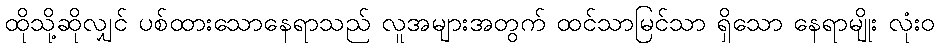
ထိုသို့ဆိုလျှင် ပစ်ထားသောနေရာသည် လူအများအတွက် ထင်သာမြင်သာ ရှိသော နေရာမျိုး လုံးဝ